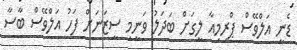
ޑެނީ އަލްވޭސް ޕްރިމިއާ ލީގަށް ބަދަލު ވަނީމި ސީޒަނަށް ފަހު އަލްވޭސް ބާސާ